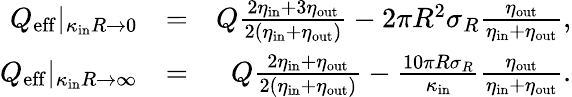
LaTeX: \begin{array}{rlr}{Q_{\mathrm{eff}}|_{\kappa_{\mathrm{in}}R\to 0}}&{=}&{Q\frac{2\eta_{\mathrm{in}}+3\eta_{\mathrm{out}}}{2(\eta_{\mathrm{in}}+\eta_{\mathrm{out}})}-2\pi R^{2}\sigma_{R}\frac{\eta_{\mathrm{out}}}{\eta_{\mathrm{in}}+\eta_{\mathrm{out}}},}\\ {Q_{\mathrm{eff}}|_{\kappa_{\mathrm{in}}R\to\infty}}&{=}&{Q\frac{2\eta_{\mathrm{in}}+\eta_{\mathrm{out}}}{2(\eta_{\mathrm{in}}+\eta_{\mathrm{out}})}-\frac{10\pi R\sigma_{R}}{\kappa_{\mathrm{in}}}\frac{\eta_{\mathrm{out}}}{\eta_{\mathrm{in}}+\eta_{\mathrm{out}}}.}\end{array}